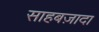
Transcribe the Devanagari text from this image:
साहबज़ादा